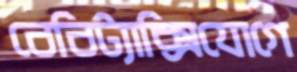
বেবিট্যাক্সিযোগে